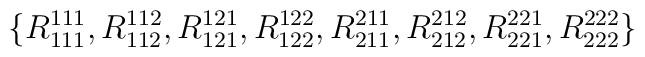
\{ R_{111}^{111}, R_{112}^{112}, R_{121}^{121}, R_{122}^{122},R_{211}^{211}, R_{212}^{212}, R_{221}^{221}, R_{222}^{222} \}